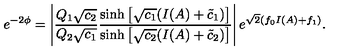
e ^ { - 2 \phi } = \left| \frac { Q _ { 1 } \sqrt { c _ { 2 } } } { Q _ { 2 } \sqrt { c _ { 1 } } } \frac { \sinh \left[ \sqrt { c _ { 1 } } ( I ( A ) + \tilde { c } _ { 1 } ) \right] } { \sinh \left[ \sqrt { c _ { 2 } } ( I ( A ) + \tilde { c } _ { 2 } ) \right] } \right| e ^ { \sqrt { 2 } ( f _ { 0 } I ( A ) + f _ { 1 } ) } .